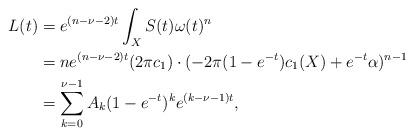
LaTeX: \begin{align*}L(t)&=e^{(n-\nu-2)t}\int_XS(t)\omega(t)^n\\&=ne^{(n-\nu-2)t}(2\pi c_1)\cdot(-2\pi(1-e^{-t})c_1(X)+e^{-t}\alpha)^{n-1}\\&=\sum_{k=0}^{\nu-1}A_k(1-e^{-t})^ke^{(k-\nu-1)t},\end{align*}